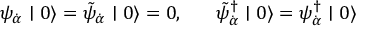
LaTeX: \psi _ { \dot { \alpha } } \mid 0 \rangle = \tilde { \psi } _ { \dot { \alpha } } \mid 0 \rangle = 0 , \; \; \; \; \; \; \tilde { \psi } _ { \dot { \alpha } } ^ { \dagger } \mid 0 \rangle = \psi _ { \dot { \alpha } } ^ { \dagger } \mid 0 \rangle